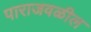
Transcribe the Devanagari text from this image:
पाराजवळील